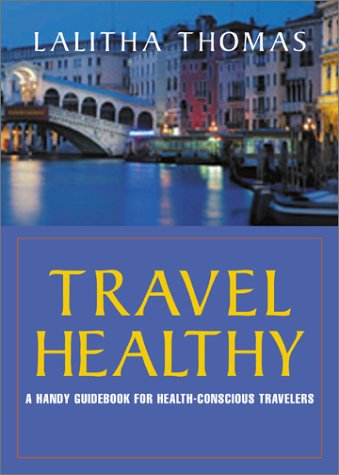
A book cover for TRAVEL HEALTHY; First Last; Travel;